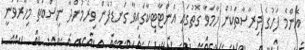
އެންމެ ފަހުގެ ދިރާސާތަކުން ހާމަވާ ގޮތުގައި އެންޓާޓިކާގައިވާ ގަނޑުފެން ވިރެމުންދާ ނިސްބަތް މިހާރުވަނީ